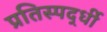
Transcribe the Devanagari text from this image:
प्रतिस्पर्द्धी